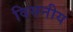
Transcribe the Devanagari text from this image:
विसनीय